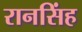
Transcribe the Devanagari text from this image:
रानसिंह